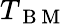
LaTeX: T_{\mathrm{~B~M~}}